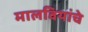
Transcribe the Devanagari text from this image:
मालवियांचे